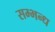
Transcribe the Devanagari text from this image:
सम्भन्ध